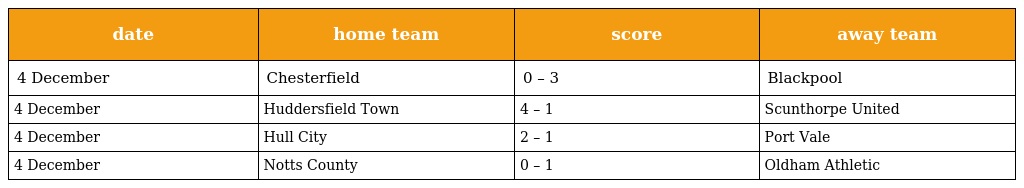
| date | home team | score | away team |
 | --- | --- | --- | --- |
 | 4 December | Chesterfield | 0 – 3 | Blackpool |
 | 4 December | Huddersfield Town | 4 – 1 | Scunthorpe United |
 | 4 December | Hull City | 2 – 1 | Port Vale |
 | 4 December | Notts County | 0 – 1 | Oldham Athletic |